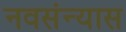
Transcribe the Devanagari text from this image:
नवसंन्यास